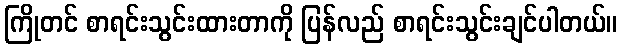
ကြိုတင် စာရင်းသွင်းထားတာကို ပြန်လည် စာရင်းသွင်းချင်ပါတယ်။